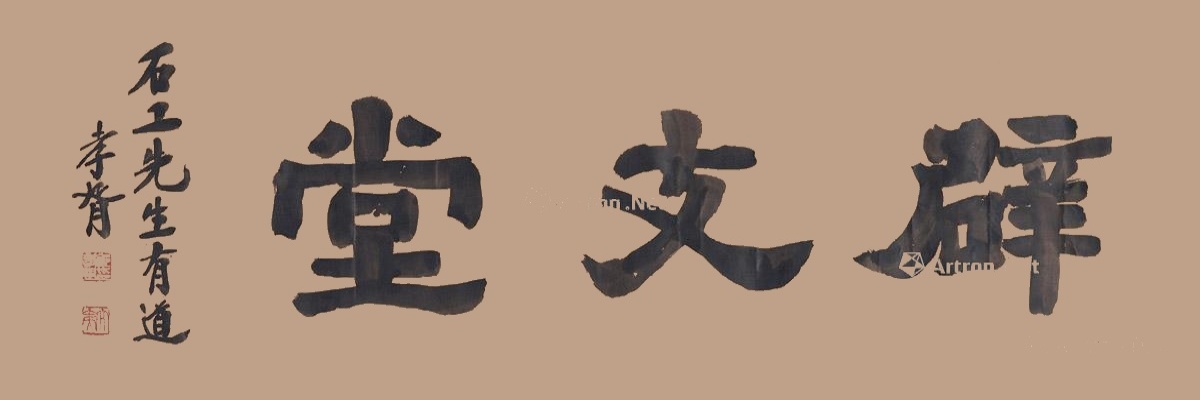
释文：辟支堂。石工先生有道，孝胥。